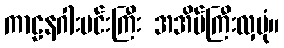
ကာဠနဂါးမင်းကြီး အအိပ်ကြီးလှပုံ။